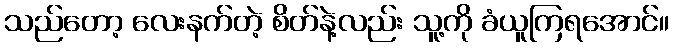
သည်တော့ လေးနက်တဲ့ စိတ်နဲ့လည်း သူ့ကို ခံယူကြရအောင်။